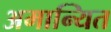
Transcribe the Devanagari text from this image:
अमान्यित